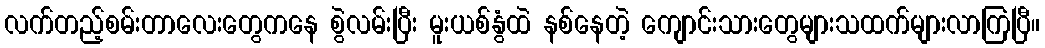
လက်တည့်စမ်းတာလေးတွေကနေ စွဲလမ်းပြီး မူးယစ်နွံထဲ နစ်နေတဲ့ ကျောင်းသားတွေများသထက်များလာကြပြီ။